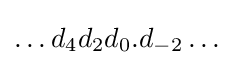
\ldots d_{4}d_{2}d_{0}.d_{-2}\ldots